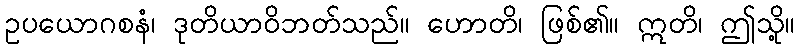
ဥပယောဂစနံ၊ ဒုတိယာဝိဘတ်သည်။ ဟောတိ၊ ဖြစ်၏။ ဣတိ၊ ဤသို့။